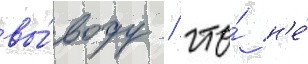
вы́воду / что́ н'е́